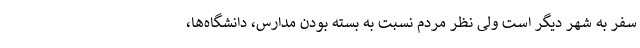
سفر به شهر دیگر است ولی نظر مردم نسبت به بسته بودن مدارس، دانشگاه‌ها،